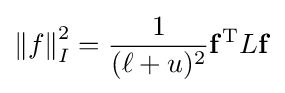
\left\|f\right\|_{I}^{2}={\frac {1}{(\ell +u)^{2}}}\mathbf {f} ^{\mathrm {T} }L\mathbf {f}